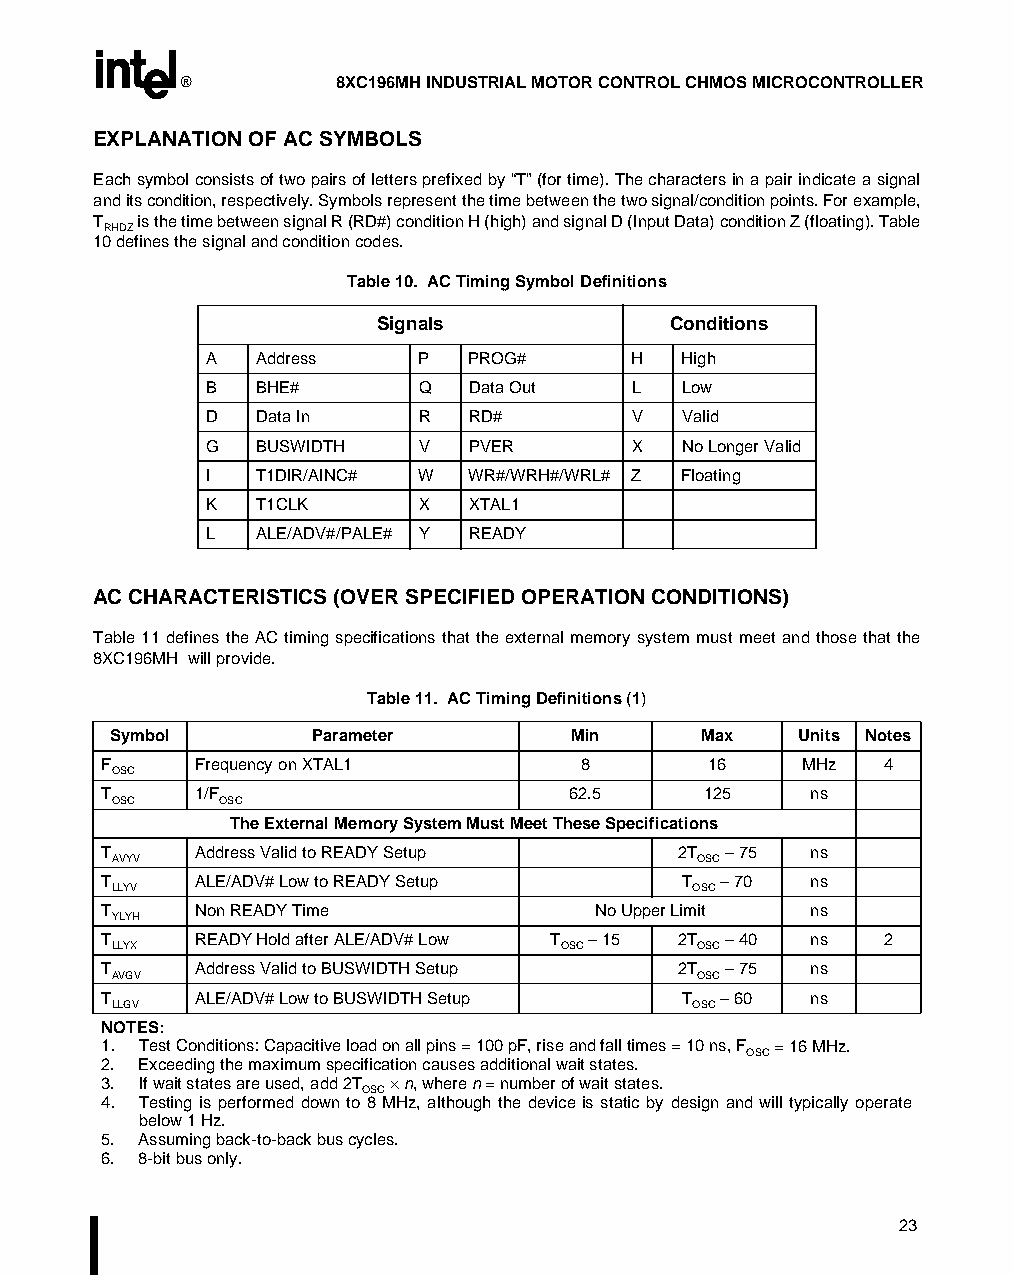
®         8XC196MH INDUSTRIAL MOTOR CONTROL CHMOS MICROCONTROLLER
 EXPLANATION OF AC SYMBOLS
 Each symbol consists of two pairs of letters prefixed by “T” (for time). The characters in a pair indicate a signal
 and its condition, respectively. Symbols represent the time between the two signal/condition points. For example,
 T  is the time between signal R (RD#) condition H (high) and signal D (Input Data) condition Z (floating). Table
 RHDZ
 10 defines the signal and condition codes.
 Table 10. AC Timing Symbol Definitions
 Signals            Conditions
 A   Address   P   PROG#     H   High
 B   BHE#      Q   Data Out  L   Low
 D   Data In   R   RD#       V   Valid
 G   BUSWIDTH  V   PVER      X   No Longer Valid
 I   T1DIR/AINC# W WR#/WRH#/WRL# Z Floating
 K   T1CLK     X   XTAL1
 L   ALE/ADV#/PALE# Y READY
 AC CHARACTERISTICS (OVER SPECIFIED OPERATION CONDITIONS)
 Table 11 defines the AC timing specifications that the external memory system must meet and those that the
 8XC196MH will provide.
 Table 11. AC Timing Definitions (1)
 Symbol       Parameter        Min      Max    Units Notes
 F      Frequency on XTAL1       8        16    MHz  4
 OSC
 T      1/F                     62.5     125    ns
 OSC    OSC
 The External Memory System Must Meet These Specifications
 T      Address Valid to READY Setup    2T – 75 ns
 AVYV                                   OSC
 T      ALE/ADV# Low to READY Setup     T – 70  ns
 LLYV                                   OSC
 T      Non READY Time            No Upper Limit ns
 YLYH
 T      READY Hold after ALE/ADV# Low T – 15 2T – 40 ns 2
 LLYX                          OSC      OSC
 T      Address Valid to BUSWIDTH Setup 2T – 75 ns
 AVGV                                   OSC
 T      ALE/ADV# Low to BUSWIDTH Setup  T – 60  ns
 LLGV                                   OSC
 NOTES:
 1. Test Conditions: Capacitive load on all pins = 100 pF, rise and fall times = 10 ns, F = 16 MHz.
 OSC
 2. Exceeding the maximum specification causes additional wait states.
 3. If wait states are used, add 2T · n, where n = number of wait states.
 OSC
 4. Testing is performed down to 8 MHz, although the device is static by design and will typically operate
 below 1Hz.
 5. Assuming back-to-back bus cycles.
 6. 8-bit bus only.
 23